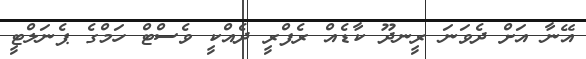
އޭނާ އަށް ދެވަނަ ރީނދޫ ކާޑެއް ރެފްރީ ދެއްކީ ވެސްޓް ހަމްގެ ޕެނަލްޓީ